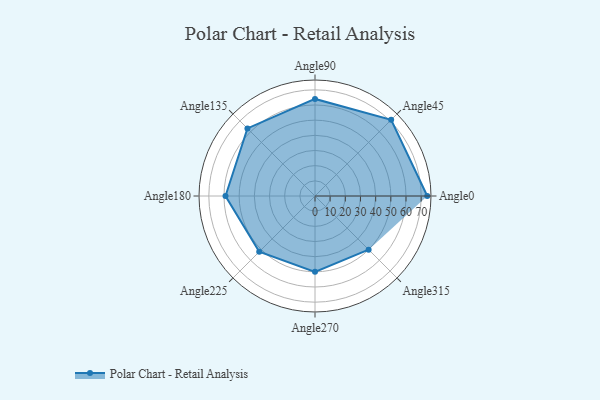
{"axis": {"x": "Angle", "y": "Radius"}, "legend": [""], "data": [{"x": "Angle0", "y": 74.0, "type": ""}, {"x": "Angle45", "y": 71.0, "type": ""}, {"x": "Angle90", "y": 64.0, "type": ""}, {"x": "Angle135", "y": 63.0, "type": ""}, {"x": "Angle180", "y": 59.0, "type": ""}, {"x": "Angle225", "y": 52.0, "type": ""}, {"x": "Angle270", "y": 50, "type": ""}, {"x": "Angle315", "y": 50, "type": ""}]}